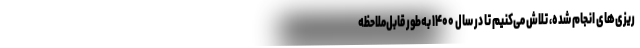
ریزی‌های انجام ‌شده، تلاش می‌کنیم تا در سال ۱۴۰۰ به‌طور قابل‌ملاحظه